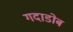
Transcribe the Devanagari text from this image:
गदाडोब